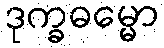
ဒုက္ခဓမ္မော